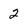
Character: 2